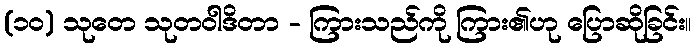
(၁၀) သုတေ သုတဝါဒိတာ - ကြားသည်ကို ကြား၏ဟု ပြောဆိုခြင်း။